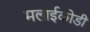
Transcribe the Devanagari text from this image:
मलाईकोडी